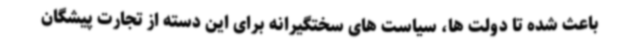
باعث شده تا دولت ها، سیاست های سختگیرانه برای این دسته از تجارت پیشگان